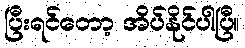
ပြီးရင်တော့ အိပ်နိုင်ပါပြီ။